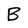
Character: B